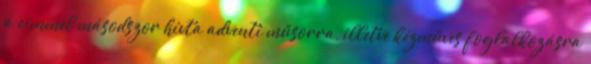
a címmel másodszor hívta adventi műsorra, illetve kézműves foglalkozásra